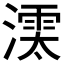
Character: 𣾱